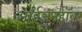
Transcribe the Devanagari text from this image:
आईजनहॉवर